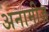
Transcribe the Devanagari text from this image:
अनामीज़